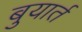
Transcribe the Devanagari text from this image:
बुयार्त